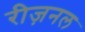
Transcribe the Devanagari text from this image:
रीज़नल